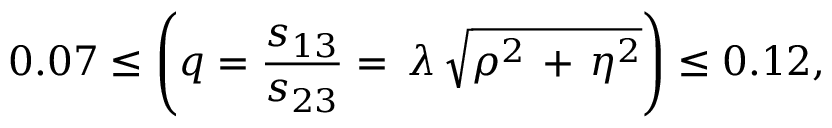
0 . 0 7 \leq { \Biggl ( { q = { \frac { s _ { 1 3 } } { s _ { 2 3 } } } } = \, \lambda \, \sqrt { \rho ^ { 2 } \, + \, \eta ^ { 2 } } \Biggr ) } \leq 0 . 1 2 ,